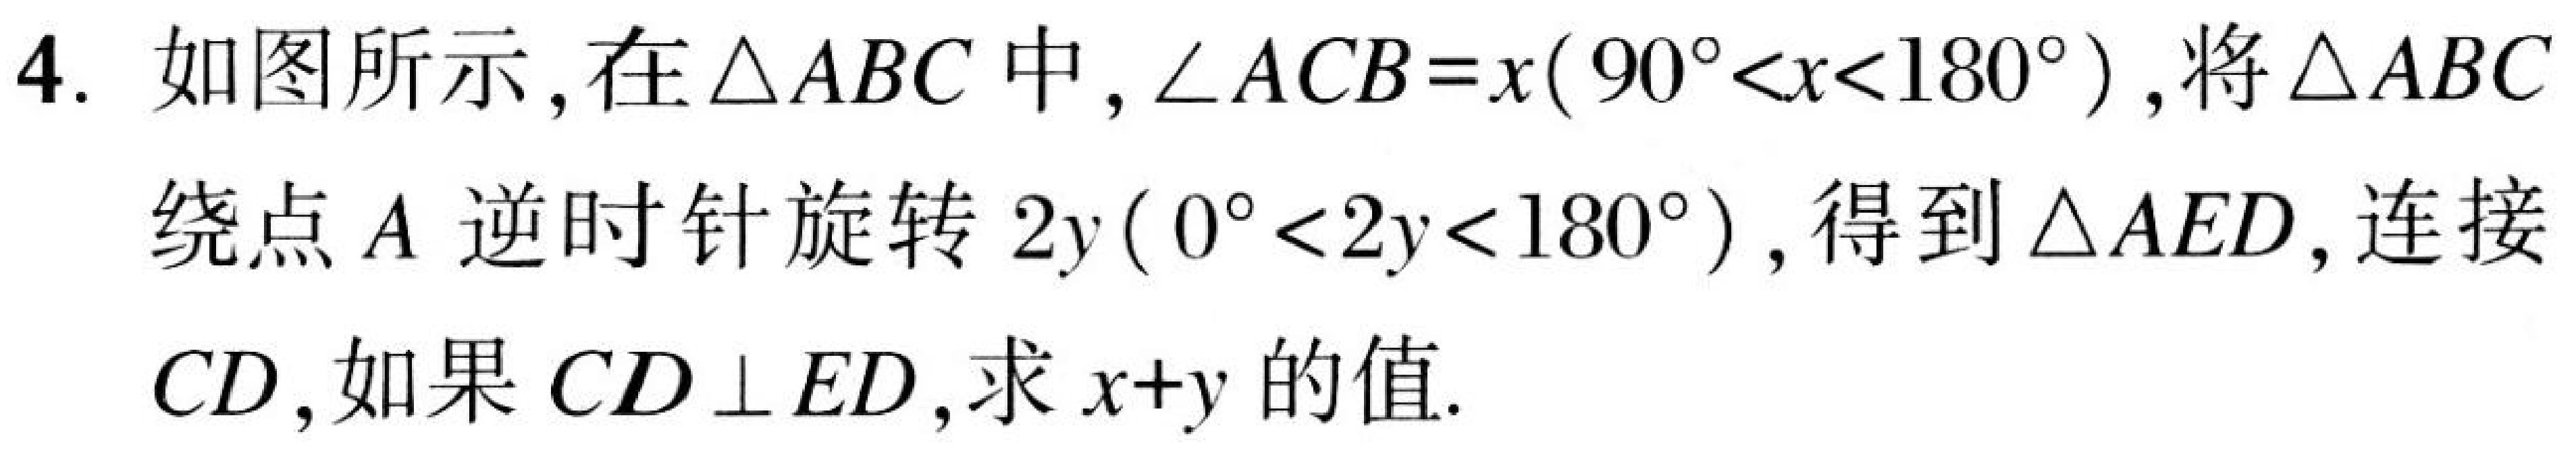
4. 如图所示，在$\triangle ABC$中，$\angle ACB = x(90^{\circ}<x<180^{\circ})$，将$\triangle ABC$
绕点$A$逆时针旋转$2y(0^{\circ}<2y<180^{\circ})$，得到$\triangle AED$，连接
$CD$，如果$CD\perp ED$，求$x + y$的值.